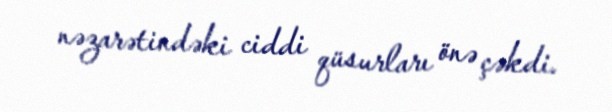
nəzarətindəki ciddi qüsurları önə çəkdi.